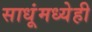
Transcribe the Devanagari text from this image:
साधूंमध्येही